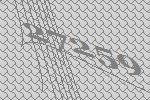
27259